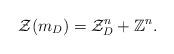
LaTeX: \begin{align*}\mathcal{ Z}(m_D)=\mathcal{Z}_{D}^n+\mathbb{Z}^n.\end{align*}